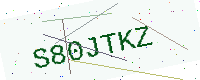
Text: S80JTKZ